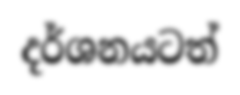
දර්ශනයටත්